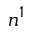
n ^ { 1 }